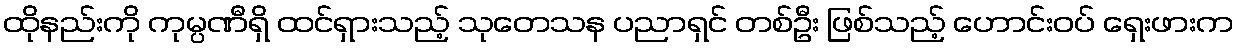
ထိုနည်းကို ကုမ္ပဏီရှိ ထင်ရှားသည့် သုတေသန ပညာရှင် တစ်ဦး ဖြစ်သည့် ဟောင်းဝပ် ရှေးဖားက